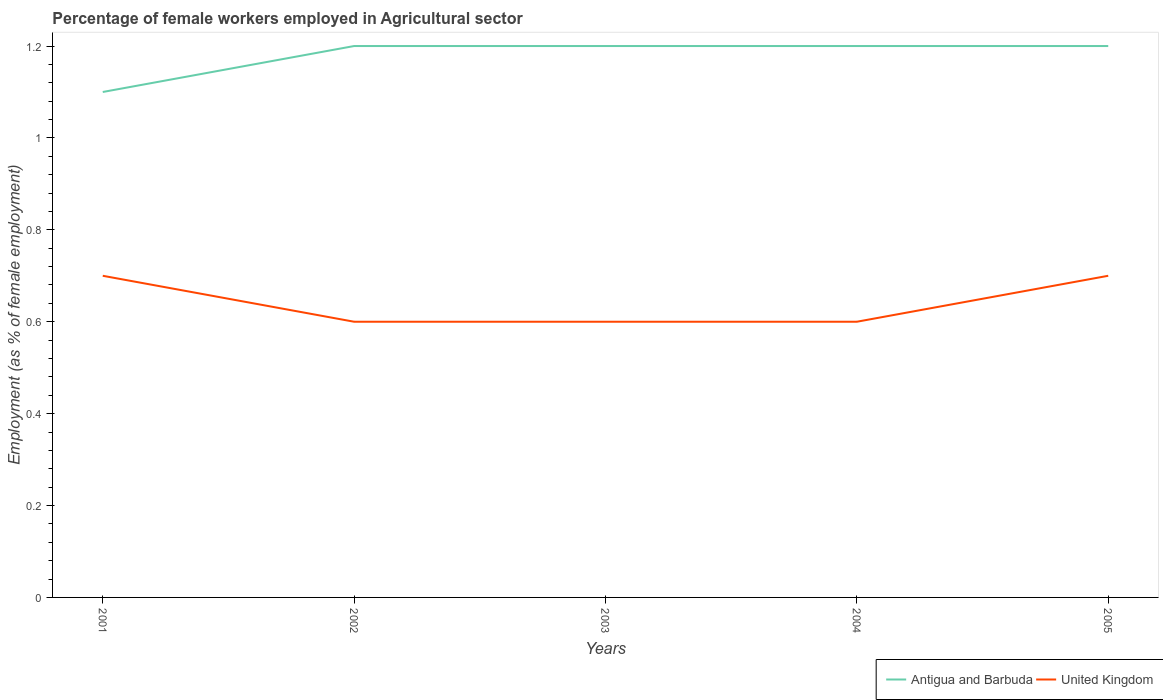
| Years | Antigua and Barbuda | United Kingdom |
 | --- | --- | --- |
 | 2001 | 1.1 | 0.7 |
 | 2002 | 1.2 | 0.6 |
 | 2003 | 1.2 | 0.6 |
 | 2004 | 1.2 | 0.6 |
 | 2005 | 1.2 | 0.7 |